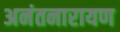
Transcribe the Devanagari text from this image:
अनंतनारायण